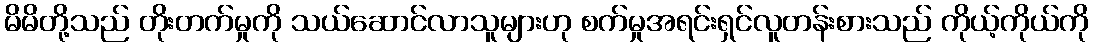
မိမိတို့သည် တိုးတက်မှုကို သယ်ဆောင်လာသူများဟု စက်မှုအရင်းရှင်လူတန်းစားသည် ကိုယ့်ကိုယ်ကို